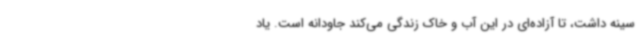
سینه داشت، تا آزاده‌ای در این آب و خاک زندگی می‌کند جاودانه است. یاد